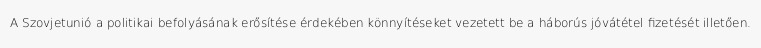
A Szovjetunió a politikai befolyásának erősítése érdekében könnyítéseket vezetett be a háborús jóvátétel fizetését illetően.